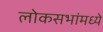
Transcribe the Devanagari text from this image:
लोकसभांमध्ये